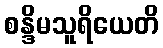
စန္ဒိမသူရိယေတိ